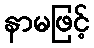
နာမဖြင့်